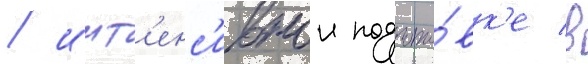
/ инт'енс'ивнои подгото́вк'е в